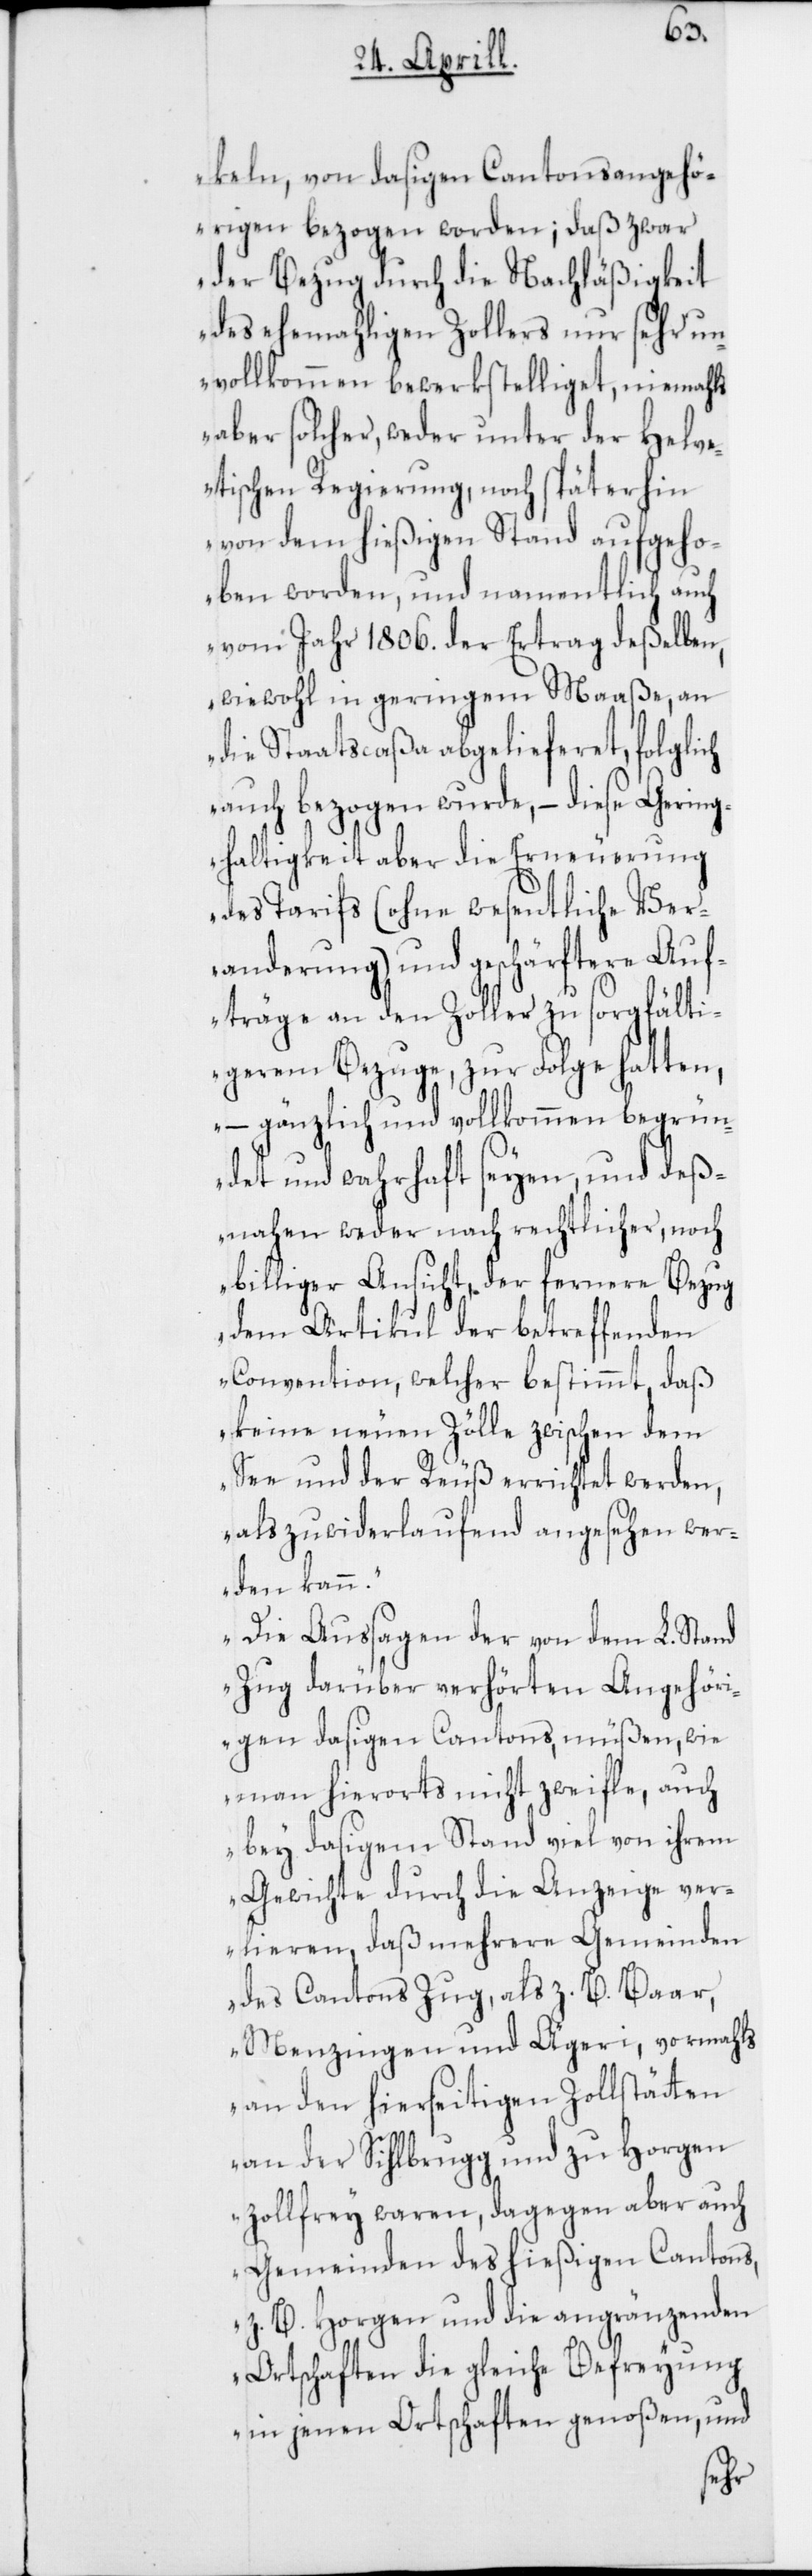
keln von dasigen Cantonsangehö¬
rigen bezogen worden; daß zwar
der Bezug durch die Nachläßigkeit
des ehemahligen Zollers nur sehr un¬
vollkommen bewerkstelliget, niemahls
aber solcher, weder unter der Helve¬
tischen Regierung, noch späterhin
von dem hießigen Stand aufgeho¬
ben worden, und namentlich auch
vom Jahr 1806. der Ertrag deßelben,
wiewohl in geringem Maaße, an
die Staatscaßa abgelieferet, folglich
auch bezogen wurde, – diese Gering¬
haltigkeit aber die Erneuerung
des Tarifs (ohne wesentliche Ver¬
änderung) und geschärftere Auf¬
träge an den Zoller zu sorgfälti¬
gerem Bezuge, zur Folge hatten,
– gänzlich und vollkommen begrün¬
det und wahrhaft seyen, und deß¬
nahen weder nach rechtlicher noch
billiger Ansicht der fernere Bezug
dem Artikul der betreffenden
Convention, welcher bestimmt, daß
keine neuen Zölle zwischen dem
See und der Reuß errichtet werden,
als zuwiderlaufend angesehen wer¬
den kann.
Die Aussagen der von dem L. Stand
Zug darüber verhörten Angehöri¬
gen dasigen Cantons, müßen, wie
man hierorts nicht zweyfle, auch
bey dasigem Stand viel von ihrem
Gewichte durch die Anzeige ver¬
lieren, daß mehrere Gemeinden
des Cantons Zug, als z. B. Baar,
Menzingen und Ägeri, vormahls
an den hierseitigen Zollstätten
an der Sihlbrugg und zu Horgen
zollfrey waren, dagegen aber auch
Gemeinden des hießigen Cantons,
z. B. Horgen und die angränzenden
Ortschaften die gleiche Befreyung
in jenen Ortschaften genoßen, und